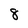
Character: 8